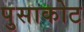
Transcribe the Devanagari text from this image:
पुसाकोट